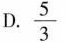
D.\frac{5}{3}